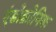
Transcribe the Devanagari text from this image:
एंडोक्रोनिक